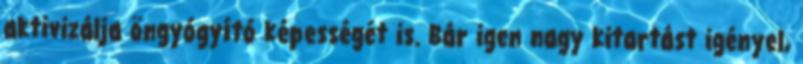
aktivizálja öngyógyító képességét is. Bár igen nagy kitartást igényel,